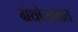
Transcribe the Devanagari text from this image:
ग्रंथोत्सवात